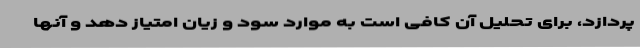
پردازد، برای تحلیل آن کافی است به موارد سود و زیان امتیاز دهد و آنها